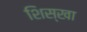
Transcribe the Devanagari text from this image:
शिस्खा